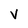
Character: V